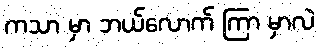
ကသာ မှာ ဘယ်လောက် ကြာ မှာလဲ